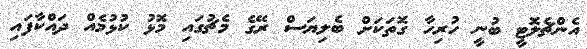
އެންޗެލޮޓީ ބުނީ ހުރިހާ ގޮތަކަށް ބެލިޔަސް ރޭގެ މެޗުގައި މޮޅު ކުޅުމެއް ދައްކާފައި